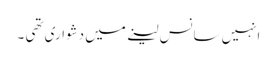
انہیں سانس لینے میں دشواری تھی ۔